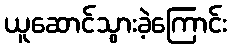
ယူဆောင်သွားခဲ့ကြောင်း